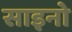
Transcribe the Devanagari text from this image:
साइनो